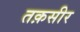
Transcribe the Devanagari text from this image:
तक़सीर